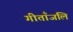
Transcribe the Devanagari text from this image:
गीताँजलि